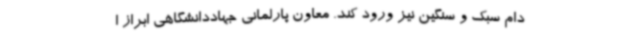
دام سبک و سنگین نیز ورود کند. معاون پارلمانی جهاددانشگاهی ابراز ا